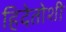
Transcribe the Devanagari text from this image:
हिदेतोशी